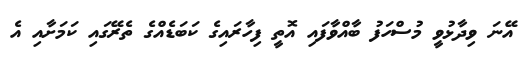
އޭނަ ވިދާޅުވީ މުސްހަފު ބާއްވާފައި އޮތީ ފިހާރައިގެ ކަބަޑެއްގެ ތެރޭގައި ކަމަށާއި އެ